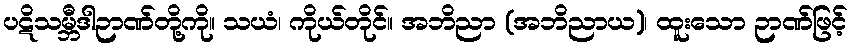
ပဋိသမ္ဘီဒါဉာဏ်တို့ကို။ သယံ၊ ကိုယ်တိုင်။ အဘိညာ (အဘိညာယ)၊ ထူးသော ဉာဏ်ဖြင့်